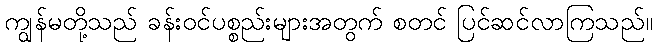
ကျွန်မတို့သည် ခန်းဝင်ပစ္စည်းများအတွက် စတင် ပြင်ဆင်လာကြသည်။